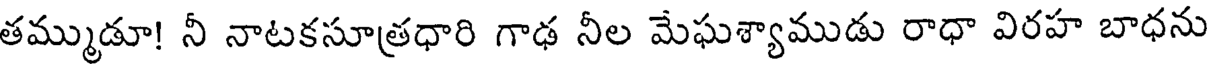
తమ్ముడూ! నీ నాటకసూత్రధారి గాఢ నీల మేఘశ్యాముడు రాధా విరహ బాధను